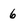
Character: 6